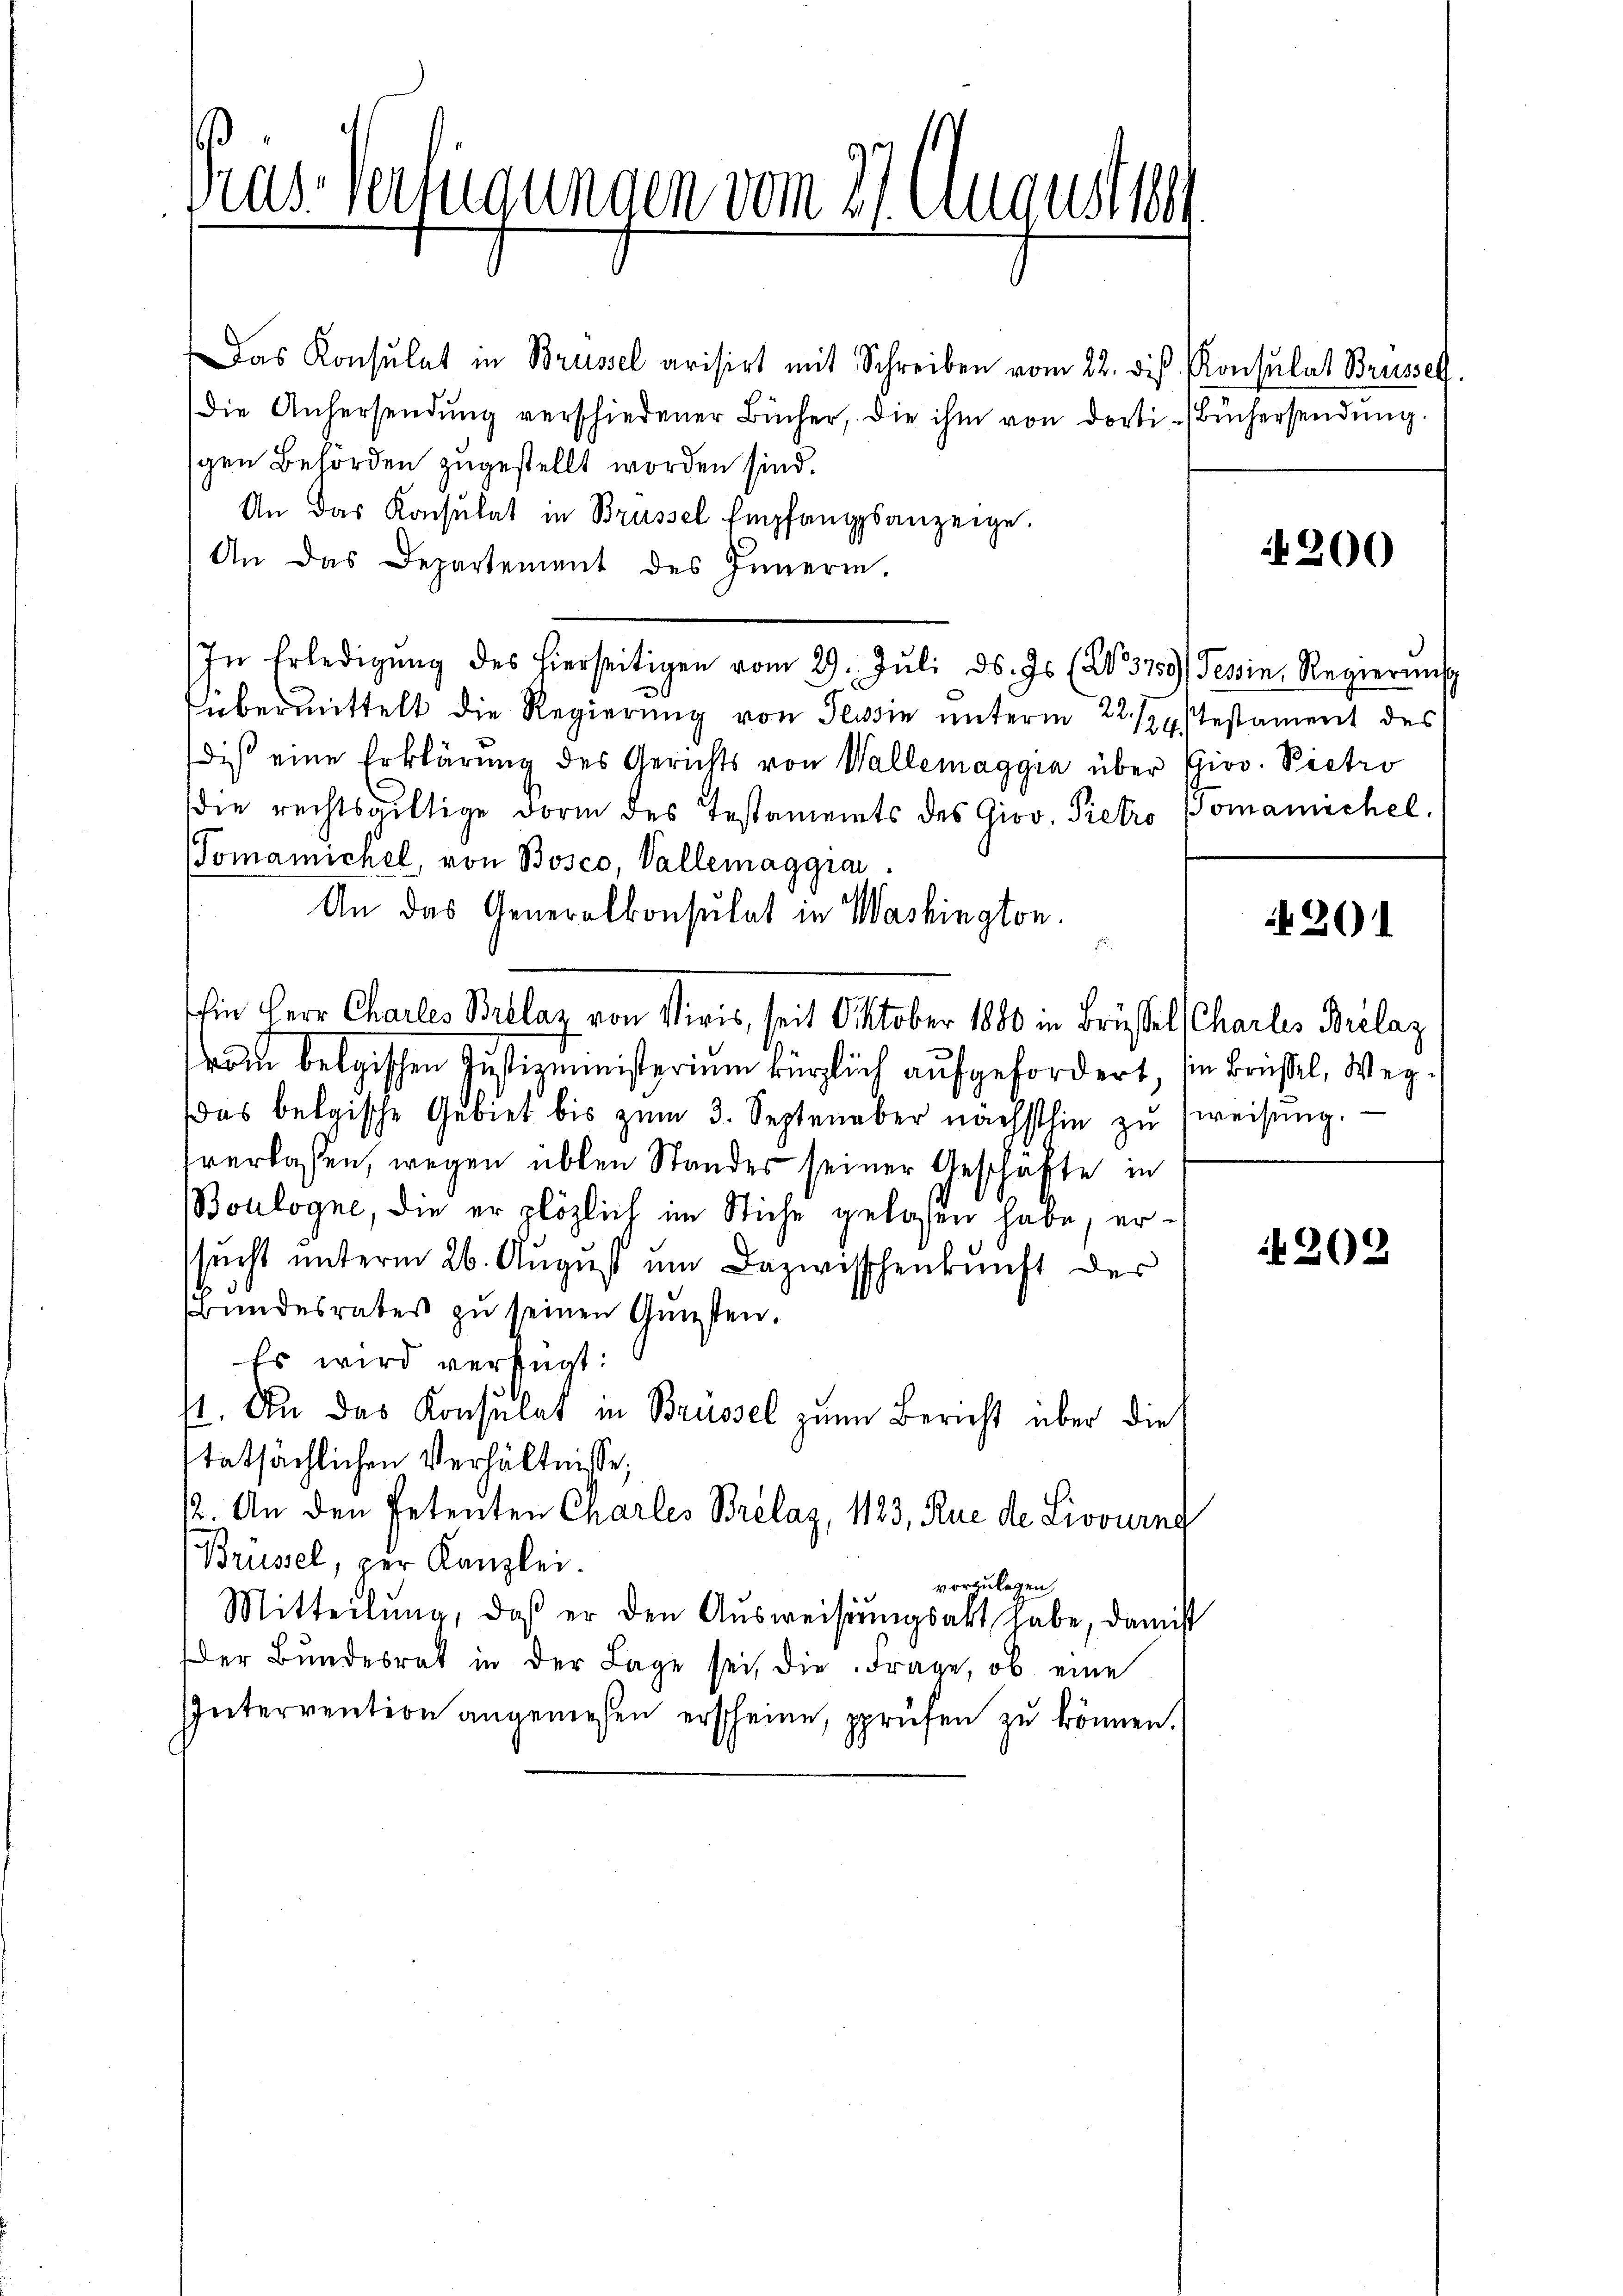
das Verlegungen vom 21. Augustse

Das Konsulat in Brüssel arisirt mit Schreiben vom 22. diβ Konsulat Brüssel.
die Anhersendŭng verschiedener Bücher, die ihm von dorti- (Büchersendŭng.
gen Behörden zugestellt worden sind.
An das Konsulat in Brüssel Empfangsanzeige.
An das Departement des Innerin.
In Erledigŭng des hierseitigen vom 29. Jŭli d. Js. (Wo 3759) Tessin, Regierŭng
übermittelt die Regierung von Tessin unterm 22. 124, Testament des
dis eine Erklärung des Gerichts von Wallemaggia über Giov. Pietro
die rechtsgültige Form des Testaments des Giov. Pietro Pomamichel,
Pomamichel von Bosco, Vallemaggia
An das Generalkonsulat in Washington.

Ein Herr Charles Beklaz von Viris, seit Oktober 1880 in Brüssel (Charles Brelaz
rom belgischen Justizministerium kürzlich aufgefordert, sie brüßel, Weg¬
Das belgische Gebiet bis zŭm 3. September nächsthin zŭ weisŭng.
verlassen, wegen üblen Standes seiner Geschäfte in
Boulogne, die er plözlich im Stiche gelasen habe, ersŭcht unterm 26. August um Dazwischenkunft der
Bundesrates zu seinen Gunsten.
Es wird verfügt:
/1. An das Konsulat in Brüssel zum Bericht über die
tatsächlichen Verhältnisse,
12. An den Petenten Charles Brelaz, 1123, Rue de Livvurnd
Brüssel, per Kanzlei.
vorzulegen,
Mitteilŭng, daß er den Aŭsweisŭngsakt habe, damist
der Bŭndesrat in der Lage sei, die Frage, ob eine
Intervention angemessen erscheine, sprüfen zŭ können.

4200

201

202